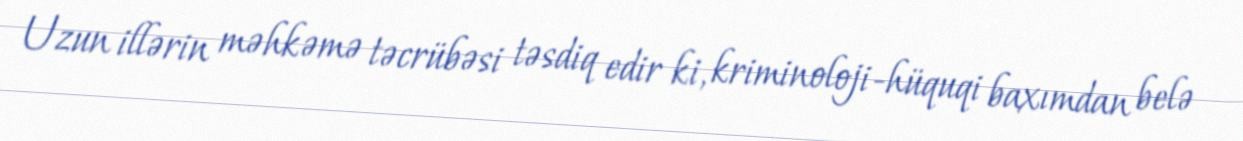
Uzun illərin məhkəmə təcrübəsi təsdiq edir ki, kriminoloji-hüquqi baxımdan belə